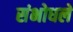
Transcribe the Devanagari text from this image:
संभोधले